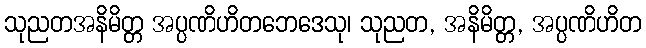
သုညတအနိမိတ္တ အပ္ပဏိဟိတဘေဒေသု၊ သုညတ, အနိမိတ္တ, အပ္ပဏိဟိတ